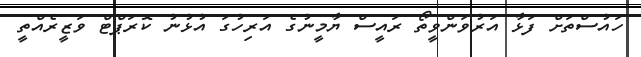
ހައުސްތަށް ފަޅާ އަރުވަންވީތޯ ރައީސް ޔާމީނުގެ އަރިހުގަ އުޅުނު ކޮރަޕްޓް ވަޒީރެއްތީ